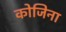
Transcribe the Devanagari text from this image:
कोजिना